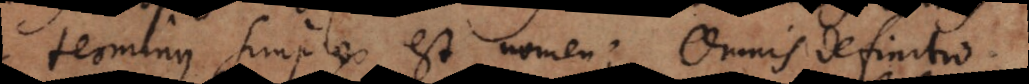
rminus simplex est nomen; omnis definitio